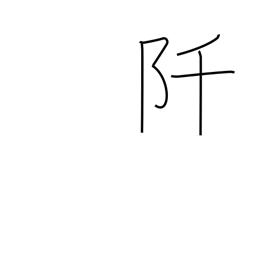
Meaning: thousand